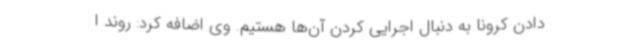
دادن کرونا به دنبال اجرایی کردن آن‌ها هستیم. وی اضافه کرد: روند ا